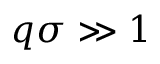
q \sigma \gg 1